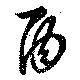
酉